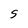
Character: S